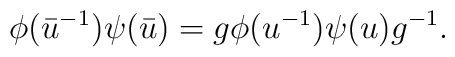
\phi (\bar{u}^{-1}) \psi (\bar{u}) = g \phi (u^{-1}) \psi (u) g^{-1}.